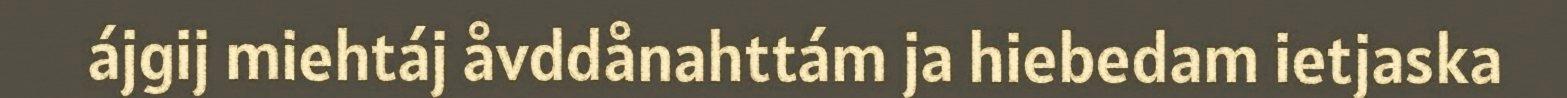
ájgij miehtáj åvddånahttám ja hiebedam ietjaska